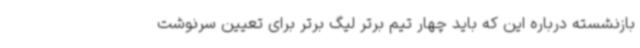
بازنشسته درباره این که باید چهار تیم برتر لیگ برتر برای تعیین سرنوشت